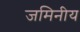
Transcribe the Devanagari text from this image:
जमिनीय